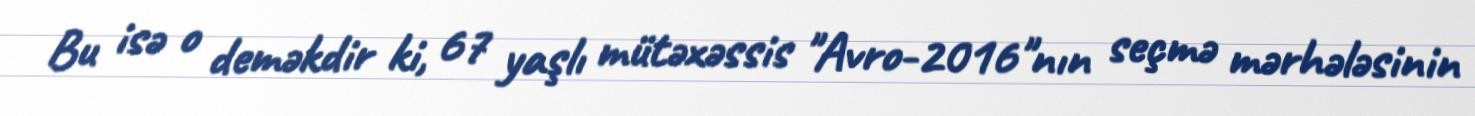
Bu isə o deməkdir ki, 67 yaşlı mütəxəssis "Avro-2016"nın seçmə mərhələsinin